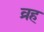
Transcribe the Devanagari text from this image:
व्रह